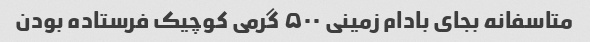
متاسفانه بجای بادام زمینی ۵۰۰ گرمی کوچیک فرستاده بودن